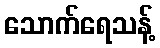
သောက်ရေသန့်